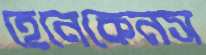
হেনেকেনস